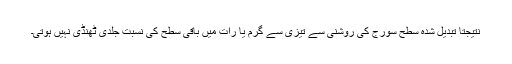
نتیجتاً تبدیل شدہ سطح سورج کی روشنی سے تیزی سے گرم یا رات میں باقی سطح کی نسبت جلدی ٹھنڈی نہیں ہوتی۔